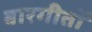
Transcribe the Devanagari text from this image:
बारगीतों